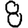
Digit: 8